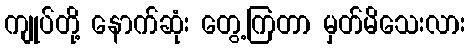
ကျုပ်တို့ နောက်ဆုံး တွေ့ကြတာ မှတ်မိသေးလား